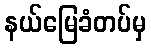
နယ်မြေခံတပ်မှ